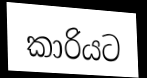
කාරියට